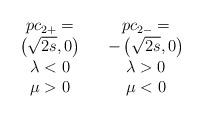
LaTeX: \begin{align*}\begin{array}{cc}\begin{array}{c}pc_{2+}= \\ \left( \sqrt{2s},0\right) \end{array}& \begin{array}{c}pc_{2-}= \\ -\left( \sqrt{2s},0\right) \end{array}\\ \lambda <0 & \lambda >0 \\ \mu >0 & \mu <0 \\ & \end{array}\end{align*}